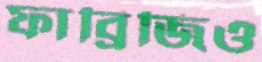
ফাব্রিজিও